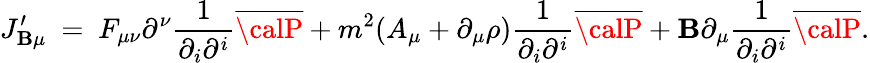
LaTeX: J_{\mathbf{B}\mu}^{\prime}~=~F_{\mu\nu}\partial^{\nu}\frac{{1}}{{\partial_{i}\partial^{i}}}{\overline{{{{\calP}}}}}+m^{2}(A_{\mu}+\partial_{\mu}\rho)\frac{{1}}{{\partial_{i}\partial^{i}}}{\overline{{{{\calP}}}}}+\mathbf{B}\partial_{\mu}\frac{{1}}{{\partial_{i}\partial^{i}}}{\overline{{{{\calP}}}}}.